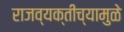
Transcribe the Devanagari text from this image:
राजव्यक्तीच्यामुळे